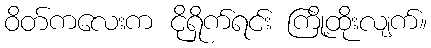
ဝိတ်ကလေးက ငိုရှိုက်ရင်း ကြို့ထိုးလျက်။